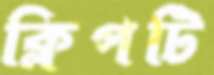
ক্লিপটি